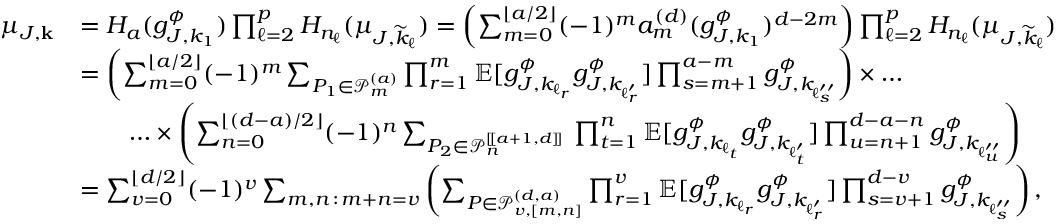
\begin{array} { r l } { \mu _ { J , \mathbf { k } } } & { = H _ { a } ( g _ { J , k _ { 1 } } ^ { \phi } ) \prod _ { \ell = 2 } ^ { p } H _ { n _ { \ell } } ( \mu _ { J , \widetilde { k } _ { \ell } } ) = \left( \sum _ { m = 0 } ^ { \lfloor a / 2 \rfloor } ( - 1 ) ^ { m } a _ { m } ^ { ( d ) } ( g _ { J , k _ { 1 } } ^ { \phi } ) ^ { d - 2 m } \right) \prod _ { \ell = 2 } ^ { p } H _ { n _ { \ell } } ( \mu _ { J , \widetilde { k } _ { \ell } } ) } \\ & { = \left( \sum _ { m = 0 } ^ { \lfloor a / 2 \rfloor } ( - 1 ) ^ { m } \sum _ { P _ { 1 } \in \mathcal { P } _ { m } ^ { ( a ) } } \prod _ { r = 1 } ^ { m } \mathbb { E } [ g _ { J , k _ { \ell _ { r } } } ^ { \phi } g _ { J , k _ { \ell _ { r } ^ { \prime } } } ^ { \phi } ] \prod _ { s = m + 1 } ^ { a - m } g _ { J , k _ { \ell _ { s } ^ { \prime \prime } } } ^ { \phi } \right) \times \ldots } \\ & { \qquad \ldots \times \left( \sum _ { n = 0 } ^ { \lfloor ( d - a ) / 2 \rfloor } ( - 1 ) ^ { n } \sum _ { P _ { 2 } \in \mathcal { P } _ { n } ^ { [ \! [ a + 1 , d ] \! ] } } \, \prod _ { t = 1 } ^ { n } \mathbb { E } [ g _ { J , k _ { \ell _ { t } } } ^ { \phi } g _ { J , k _ { \ell _ { t } ^ { \prime } } } ^ { \phi } ] \prod _ { u = n + 1 } ^ { d - a - n } g _ { J , k _ { \ell _ { u } ^ { \prime \prime } } } ^ { \phi } \right) } \\ & { = \sum _ { v = 0 } ^ { \lfloor d / 2 \rfloor } ( - 1 ) ^ { v } \sum _ { m , n \, : \, m + n = v } \left( \sum _ { P \in \mathcal { P } _ { v , [ m , n ] } ^ { ( d , a ) } } \prod _ { r = 1 } ^ { v } \mathbb { E } [ g _ { J , k _ { \ell _ { r } } } ^ { \phi } g _ { J , k _ { \ell _ { r } ^ { \prime } } } ^ { \phi } ] \prod _ { s = v + 1 } ^ { d - v } g _ { J , k _ { \ell _ { s } ^ { \prime \prime } } } ^ { \phi } \right) , } \end{array}